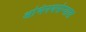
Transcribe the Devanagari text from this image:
अभिनयसंन्यास